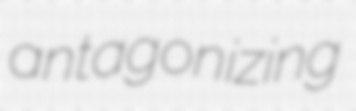
antagonizing